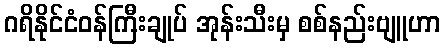
ဂရိနိုင်ငံဝန်ကြီးချုပ် အုန်းသီးမှ စစ်နည်းဗျူဟာ